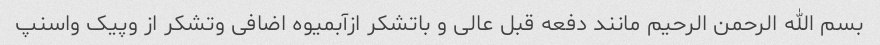
بسم الله الرحمن الرحیم مانند دفعه قبل عالی و باتشکر ازآبمیوه اضافی وتشکر از وپیک واسنپ